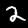
Label: 2